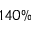
1 4 0 \%